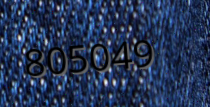
805049